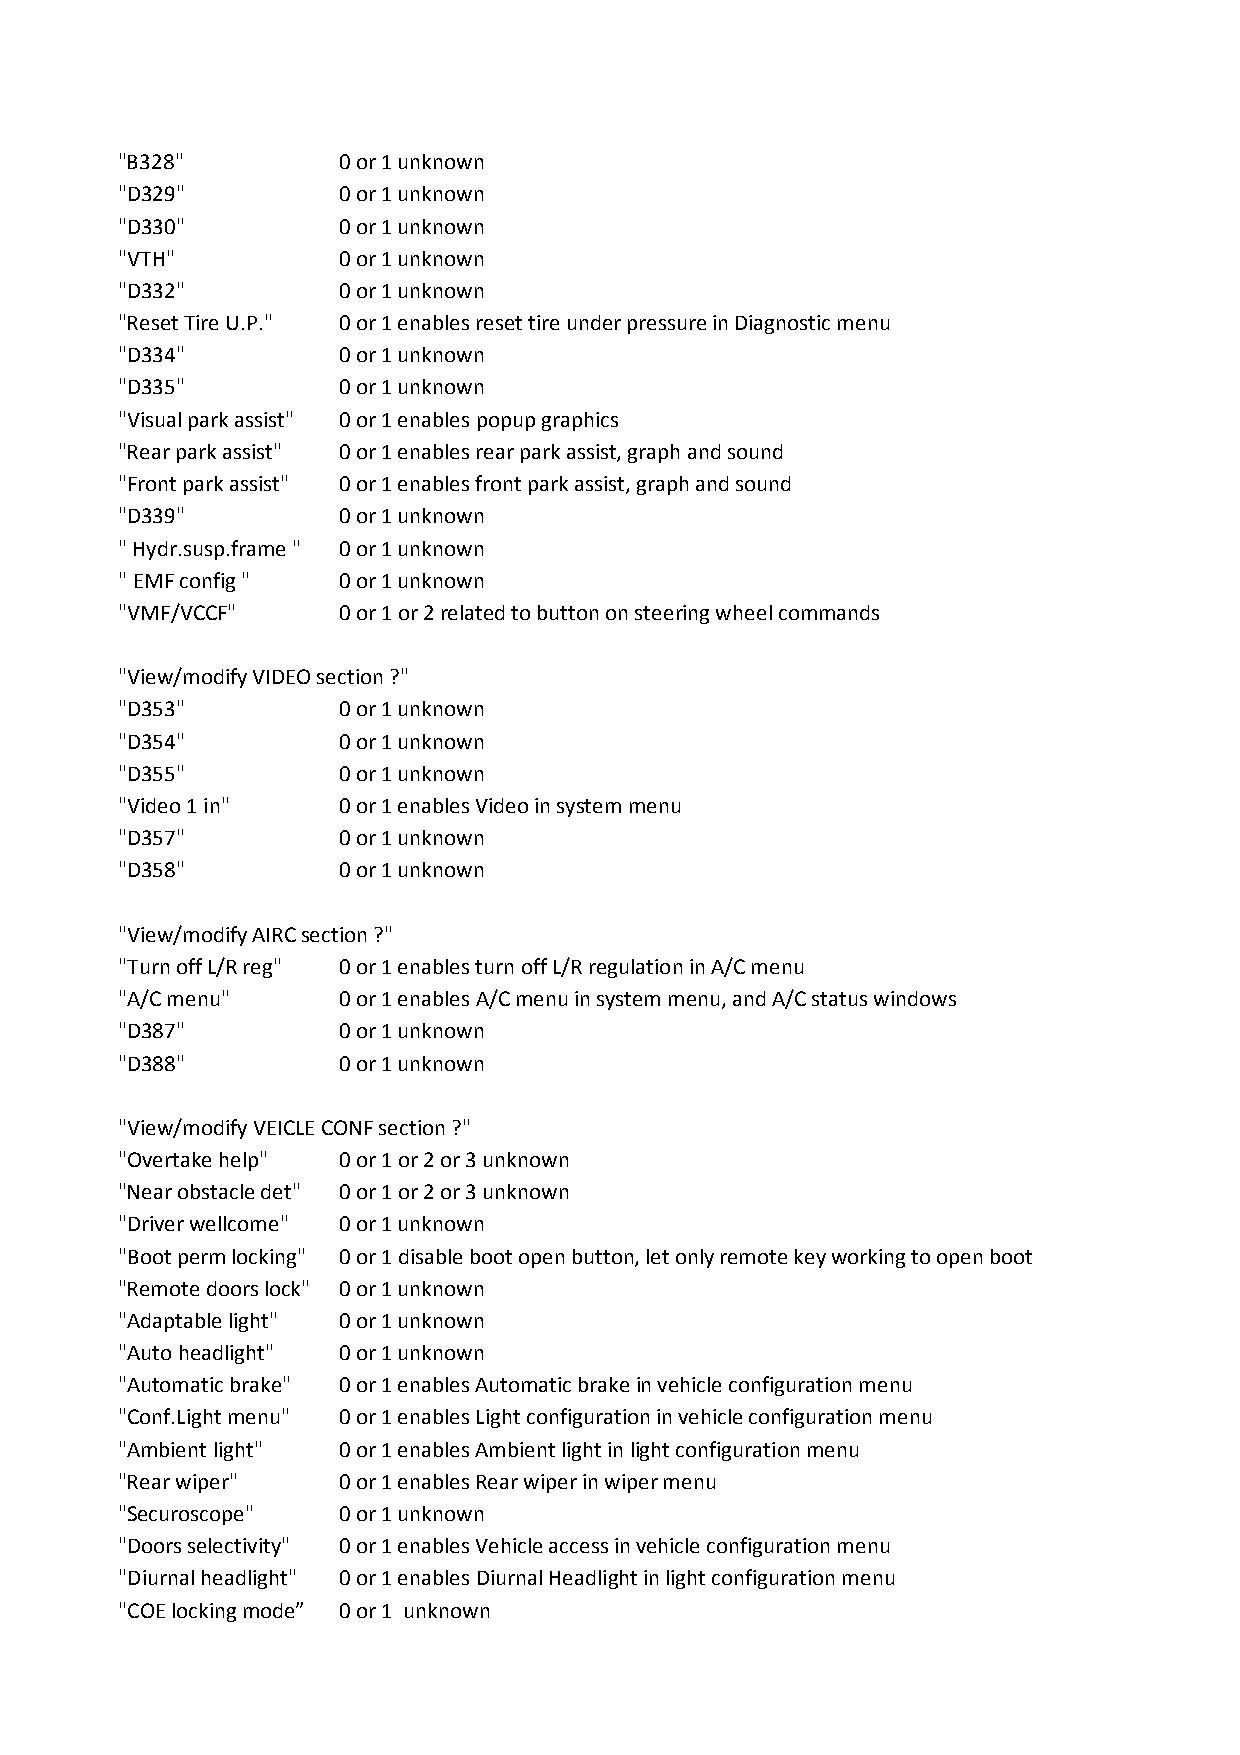
"B328"        0 or 1 unknown
 "D329"        0 or 1 unknown
 "D330"        0 or 1 unknown
 "VTH"         0 or 1 unknown
 "D332"        0 or 1 unknown
 "Reset Tire U.P." 0 or 1 enables reset tire under pressure in Diagnostic menu
 "D334"        0 or 1 unknown
 "D335"        0 or 1 unknown
 "Visual park assist" 0 or 1 enables popup graphics
 "Rear park assist" 0 or 1 enables rear park assist, graph and sound
 "Front park assist" 0 or 1 enables front park assist, graph and sound
 "D339"        0 or 1 unknown
 " Hydr.susp.frame " 0 or 1 unknown
 " EMF config " 0 or 1 unknown
 "VMF/VCCF"    0 or 1 or 2 related to button on steering wheel commands
 "View/modify VIDEO section ?"
 "D353"        0 or 1 unknown
 "D354"        0 or 1 unknown
 "D355"        0 or 1 unknown
 "Video 1 in"  0 or 1 enables Video in system menu
 "D357"        0 or 1 unknown
 "D358"        0 or 1 unknown
 "View/modify AIRC section ?"
 "Turn off L/R reg" 0 or 1 enables turn off L/R regulation in A/C menu
 "A/C menu"    0 or 1 enables A/C menu in system menu, and A/C status windows
 "D387"        0 or 1 unknown
 "D388"        0 or 1 unknown
 "View/modify VEICLE CONF section ?"
 "Overtake help" 0 or 1 or 2 or 3 unknown
 "Near obstacle det" 0 or 1 or 2 or 3 unknown
 "Driver wellcome" 0 or 1 unknown
 "Boot perm locking" 0 or 1 disable boot open button, let only remote key working to open boot
 "Remote doors lock" 0 or 1 unknown
 "Adaptable light" 0 or 1 unknown
 "Auto headlight" 0 or 1 unknown
 "Automatic brake" 0 or 1 enables Automatic brake in vehicle configuration menu
 "Conf.Light menu" 0 or 1 enables Light configuration in vehicle configuration menu
 "Ambient light" 0 or 1 enables Ambient light in light configuration menu
 "Rear wiper"  0 or 1 enables Rear wiper in wiper menu
 "Securoscope" 0 or 1 unknown
 "Doors selectivity" 0 or 1 enables Vehicle access in vehicle configuration menu
 "Diurnal headlight" 0 or 1 enables Diurnal Headlight in light configuration menu
 "COE locking mode” 0 or 1 unknown